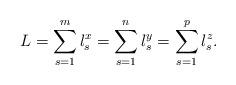
LaTeX: \begin{align*}L=\sum\limits_{s=1}^m l_{s}^{x} =\sum\limits_{s=1}^n l_{s}^{y}=\sum\limits_{s=1}^p l_{s}^{z}. \end{align*}